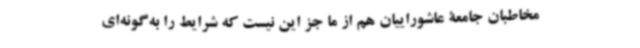
مخاطبان جامعۀ عاشوراییان هم از ما جز این نیست که شرایط را به‌گونه‌ای